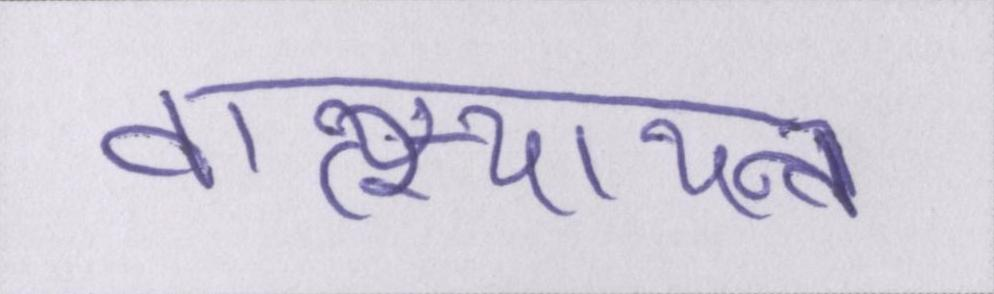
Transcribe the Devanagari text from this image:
वात्स्यायन